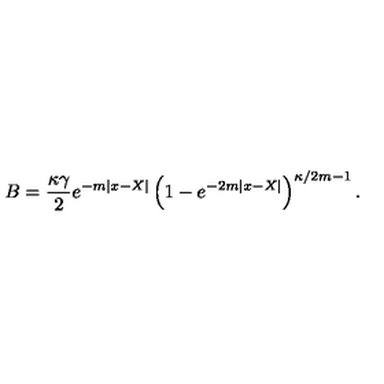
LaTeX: B = { \frac { \kappa \gamma } { 2 } } e ^ { - m | x - X | } \left( 1 - e ^ { - 2 m | x - X | } \right) ^ { \kappa / 2 m - 1 } .